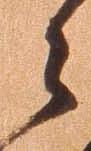
々